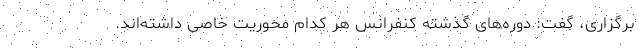
برگزاری، گفت: دوره‌های گذشته کنفرانس هر کدام محوریت خاصی داشته‌اند.